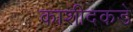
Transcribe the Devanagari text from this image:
काशीदकडे